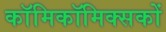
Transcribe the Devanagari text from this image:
काॅमिकॉमिक्सकों